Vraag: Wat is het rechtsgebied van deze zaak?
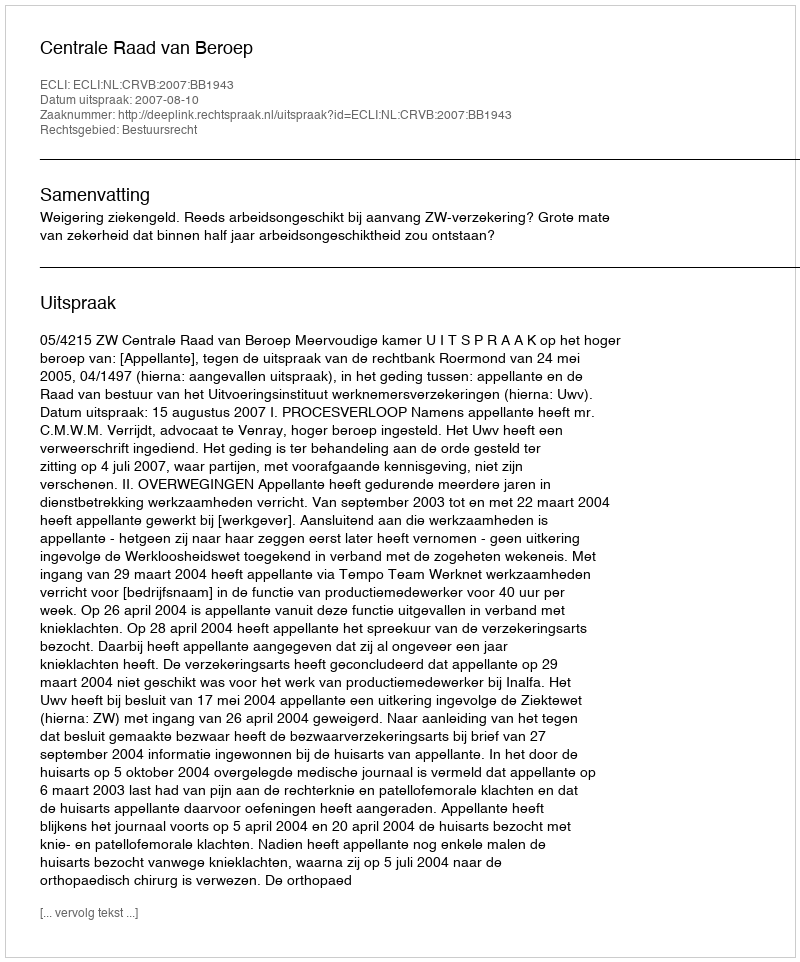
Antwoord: Bestuursrecht